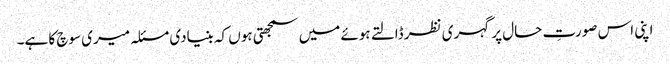
اپنی اس صورتِ حال پر گہری نظر ڈالتے ہوئے میں سمجھتی ہوں کہ بنیادی مسئلہ میری سوچ کا ہے۔